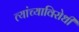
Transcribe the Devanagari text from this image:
त्यांच्याविरोधी